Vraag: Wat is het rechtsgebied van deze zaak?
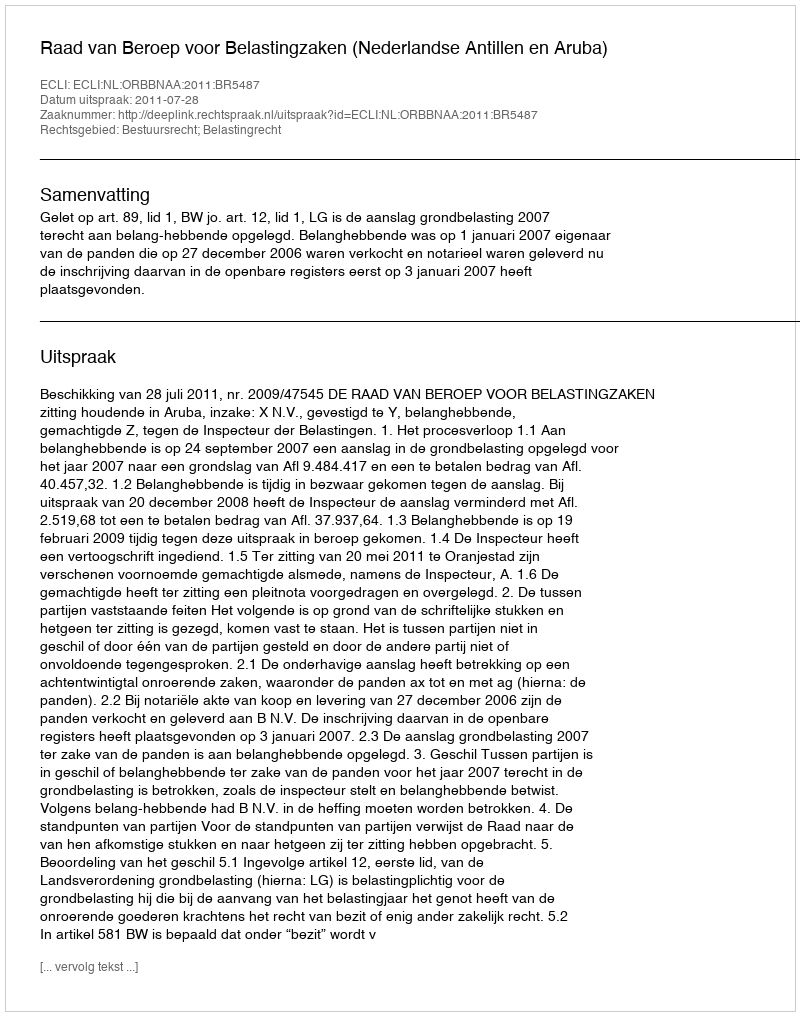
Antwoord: Bestuursrecht; Belastingrecht